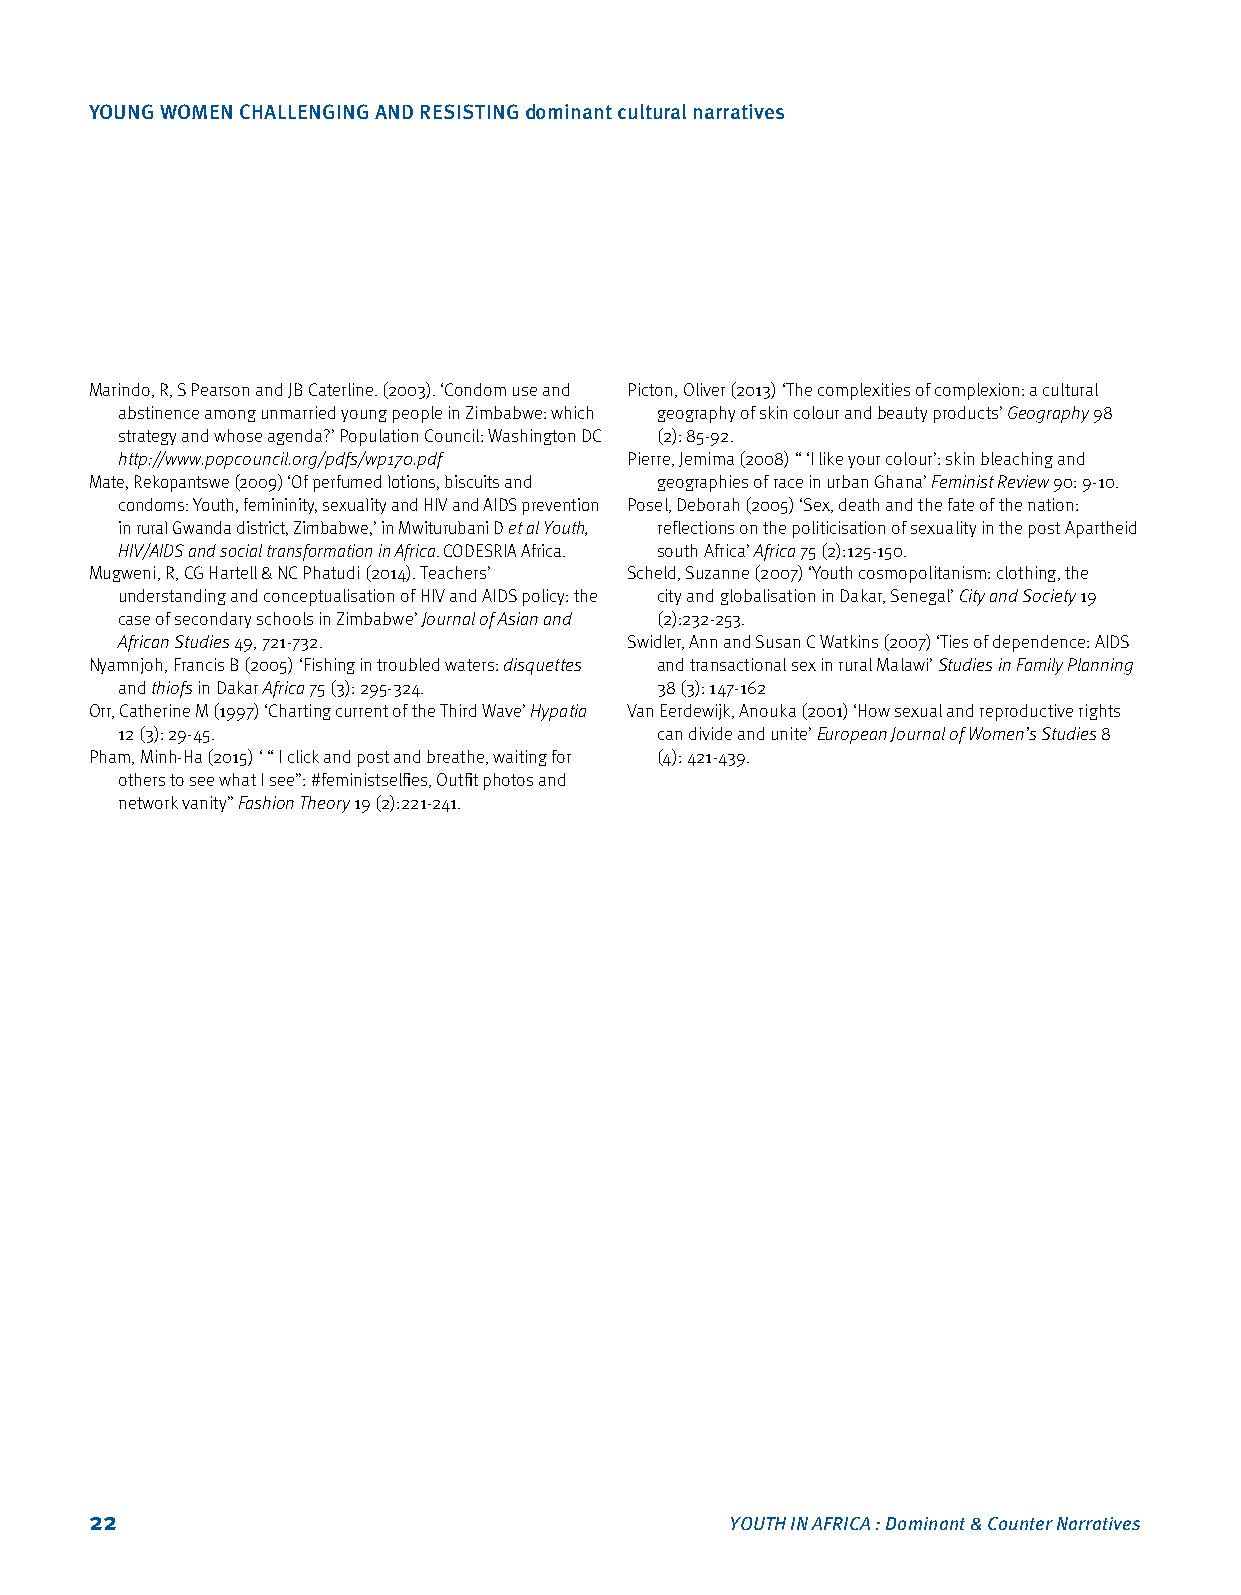
YOUNG WOMEN CHALLENGING AND RESISTING dominant cultural narratives
 Marindo, R, S Pearson and JB Caterline. (2003). ‘Condom use and Picton, Oliver (2013) ‘The complexities of complexion: a cultural
 abstinence among unmarried young people in Zimbabwe: which geography of skin colour and beauty products’ Geography 98
 strategy and whose agenda?’ Population Council: Washington DC (2): 85‑92.
 http://www.popcouncil.org/pdfs/wp170.pdf Pierre, Jemima (2008) “ ‘I like your colour’: skin bleaching and
 Mate, Rekopantswe (2009) ‘Of perfumed lotions, biscuits and geographies of race in urban Ghana’ Feminist Review 90: 9‑10.
 condoms: Youth, femininity, sexuality and HIV and AIDS prevention Posel, Deborah (2005) ‘Sex, death and the fate of the nation:
 in rural Gwanda district, Zimbabwe,’ in Mwiturubani D et al Youth, reflections on the politicisation of sexuality in the post Apartheid
 HIV/AIDS and social transformation in Africa. CODESRIA Africa. south Africa’ Africa 75 (2):125‑150.
 Mugweni, R, CG Hartell & NC Phatudi (2014). Teachers’ Scheld, Suzanne (2007) ‘Youth cosmopolitanism: clothing, the
 understanding and conceptualisation of HIV and AIDS policy: the city and globalisation in Dakar, Senegal’ City and Society 19
 case of secondary schools in Zimbabwe’ Journal of Asian and (2):232‑253.
 African Studies 49, 721‑732.      Swidler, Ann and Susan C Watkins (2007) ‘Ties of dependence: AIDS
 Nyamnjoh, Francis B (2005) ‘Fishing in troubled waters: disquettes and transactional sex in rural Malawi’ Studies in Family Planning
 and thiofs in Dakar Africa 75 (3): 295‑324. 38 (3): 147‑162
 Orr, Catherine M (1997) ‘Charting current of the Third Wave’ Hypatia Van Eerdewijk, Anouka (2001) ‘How sexual and reproductive rights
 12 (3): 29‑45.                     can divide and unite’ European Journal of Women’s Studies 8
 Pham, Minh‑Ha (2015) ‘ “ I click and post and breathe, waiting for (4): 421‑439.
 others to see what I see”: #feministselfies, Outfit photos and
 network vanity” Fashion Theory 19 (2):221‑241.
 22                                        YOUTH IN AFRICA : Dominant & Counter Narratives